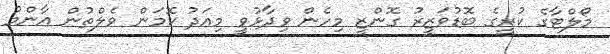
މޯލްޓާގެ ކުރީގެ ބޮޑުވަޒީރު ގޮންޒީ މިހެން ވިދާޅުވީ މިއަދު ކޮމަން ވެލްތުން އާންމު